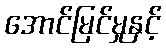
အောင်မြင်မှုနှင့်